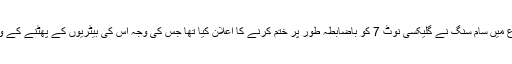
رواں ہفتے کے شروع میں سام سنگ نے گلیکسی نوٹ 7 کو باضابطہ طور پر ختم کرنے کا اعلان کیا تھا جس کی وجہ اس کی بیٹریوں کے پھٹنے کے واقعات سامنے آنا تھا۔